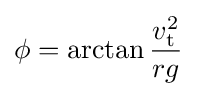
\phi =\arctan {\frac {v_{\mathrm {t} }^{2}}{rg}}